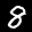
Label: 8